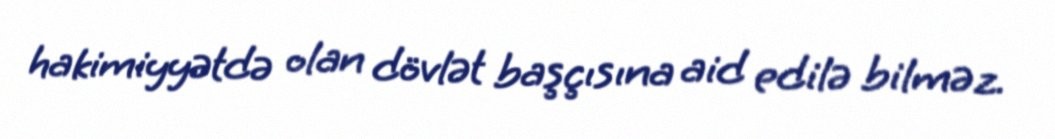
hakimiyyətdə olan dövlət başçısına aid edilə bilməz.